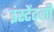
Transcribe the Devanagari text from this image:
इंस्टेंट्ली